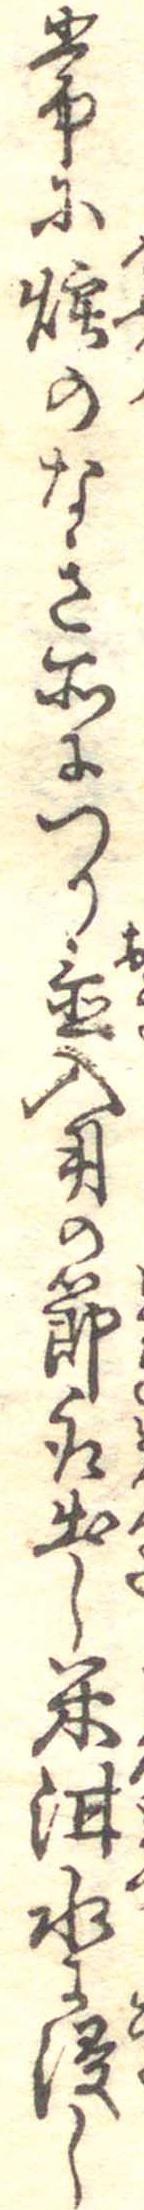
常に煙のなき所につり置入用の節取出し米泔水に浸し